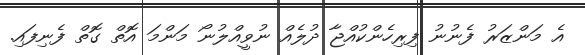
އެ މަންޒަރު ފެނުނު ފިރިހެންކުއްޖާ ދުލެއް ނުވީއްލުނޯ މަންމަ އޮތް ގޮތް ފެނިފައި.